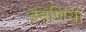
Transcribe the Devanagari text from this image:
ईनणिया